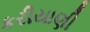
કરીયાણી